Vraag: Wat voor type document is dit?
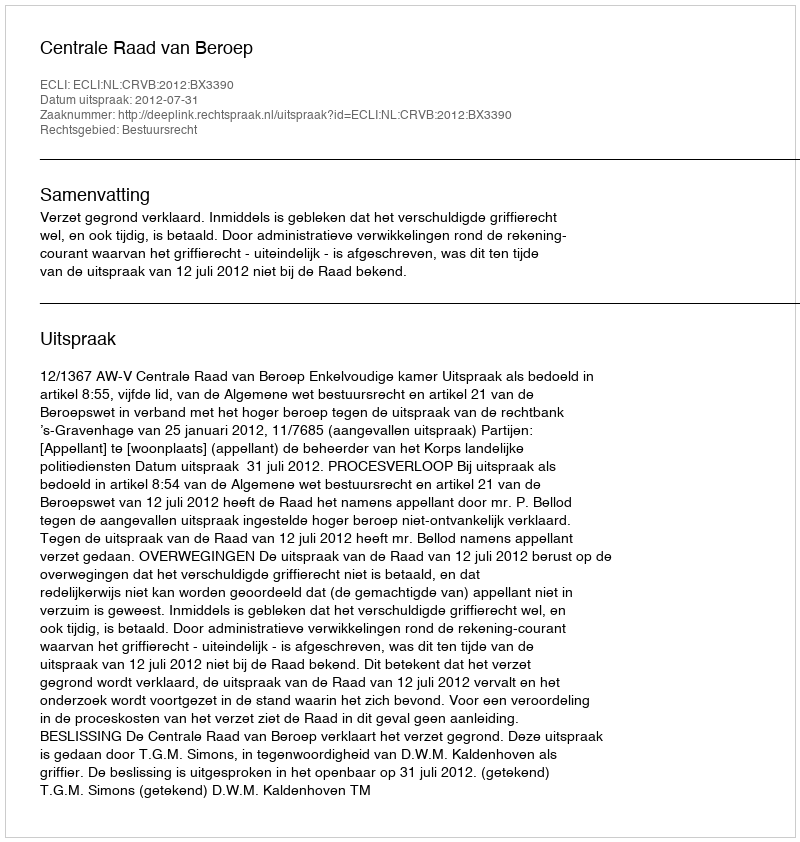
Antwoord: Uitspraak